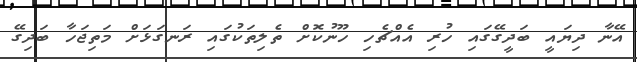
އޭނާ ދިޔައީ ބަދީގޭގައި ހުރި އެއްޗެހި ހޫނުކޮށް ތެލިތަކުގައި ރަނގަޅަށް މަތިޖަހާ ބަދިގޭ